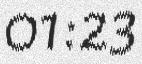
01:23